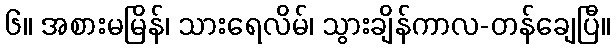
၆။ အစားမမြိန်၊ သားရေလိမ်၊ သွားချိန်ကာလ-တန်ချေပြီ။